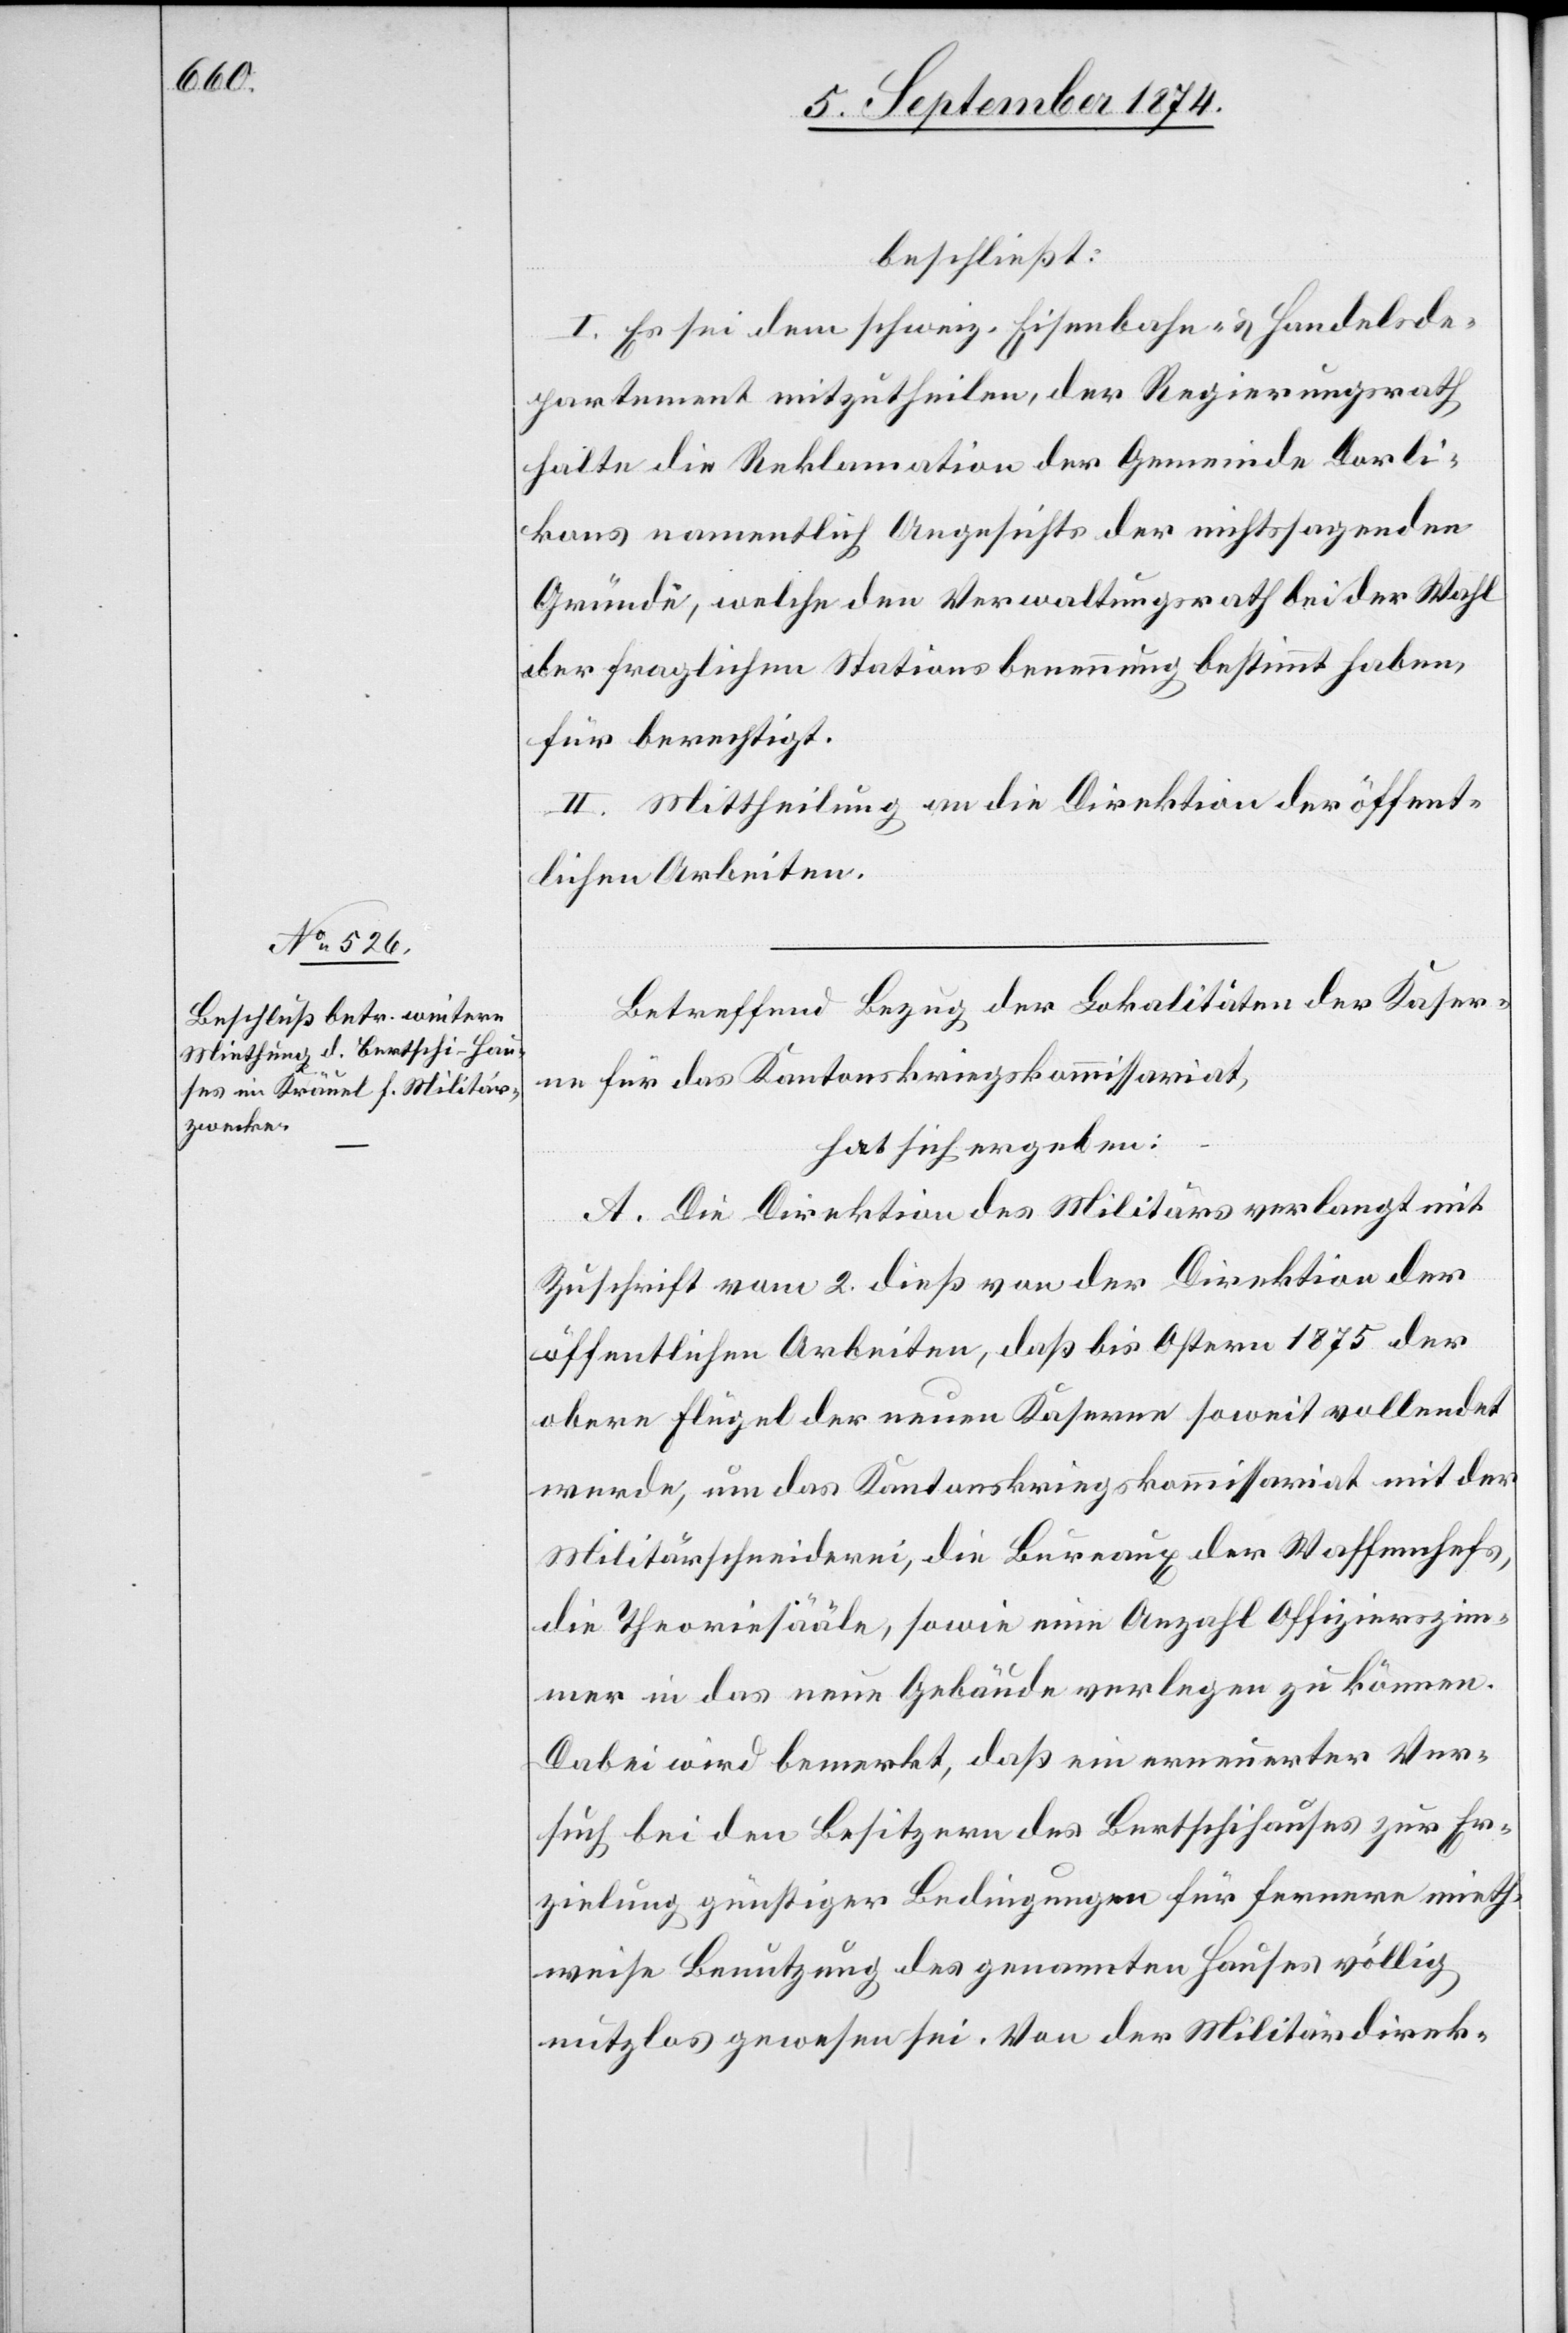
beschließt:
I. Es sei dem schweiz. Eisenbahn- u. Handelsde¬
partement mitzutheilen, der Regierungsrath
halte die Reklamation der Gemeinde Dorli¬
kons namentlich angesichts der nichtssagenden
Gründe, welche den Verwaltungsrath bei der Wahl
der fraglichen Stationsbenennung bestimmt haben,
für berechtigt.
II. Mittheilung an die Direktion der öffent¬
lichen Arbeiten.
Betreffend Bezug der Lokalitäten der Kaser¬
ne für das Kantonskriegskommissariat,
hat sich ergeben:
A. Die Direktion des Militärs verlangt mit
Zuschrift vom 2. dieß von der Direktion der
öffentlichen Arbeiten, daß bis Ostern 1875 der
obere Flügel der neuen Kaserne soweit vollendet
werde, um das Kantonskriegskommissariat mit der
Militärschneiderei, die Bureaux der Waffenchefs,
die Theoriesäle, sowie eine Anzahl Offizierszim¬
mer in das neue Gebäude verlegen zu können.
Dabei wird bemerkt, daß ein erneuerter Ver¬
such bei den Besitzern des Bertschihauses zur Er¬
zielung günstiger Bedingungen für fernere mieth¬
weise Benutzung des genannten Hauses völlig
nutzlos gewesen sei. Von der Militärdirek-